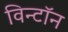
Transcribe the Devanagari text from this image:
विन्टॉन